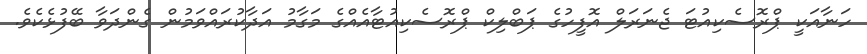
ހަނާއަކީ ޕްރޮސެކިއުޓަ ޖެނަރަލް އޮފީހުގެ ޕަބްލިކް ޕްރޮސެކިއުޓާއެއްގެ މަގާމު އަދާކުރައްވަމުން ގެންދަވާ ބޭފުޅެކެވެ.